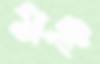
মঞ্